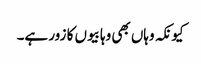
کیونکہ وہاں بھی وہابیوں کا زور ہے۔